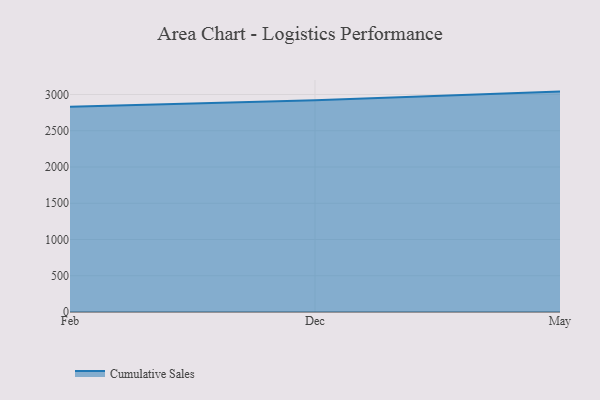
{"axis": {"x": "Month", "y": "Revenue (USD Million)"}, "legend": ["Cumulative Sales"], "data": [{"x": "Feb", "y": 2832.3, "type": "Cumulative Sales"}, {"x": "Dec", "y": 2919.5, "type": "Cumulative Sales"}, {"x": "May", "y": 3040.1, "type": "Cumulative Sales"}]}